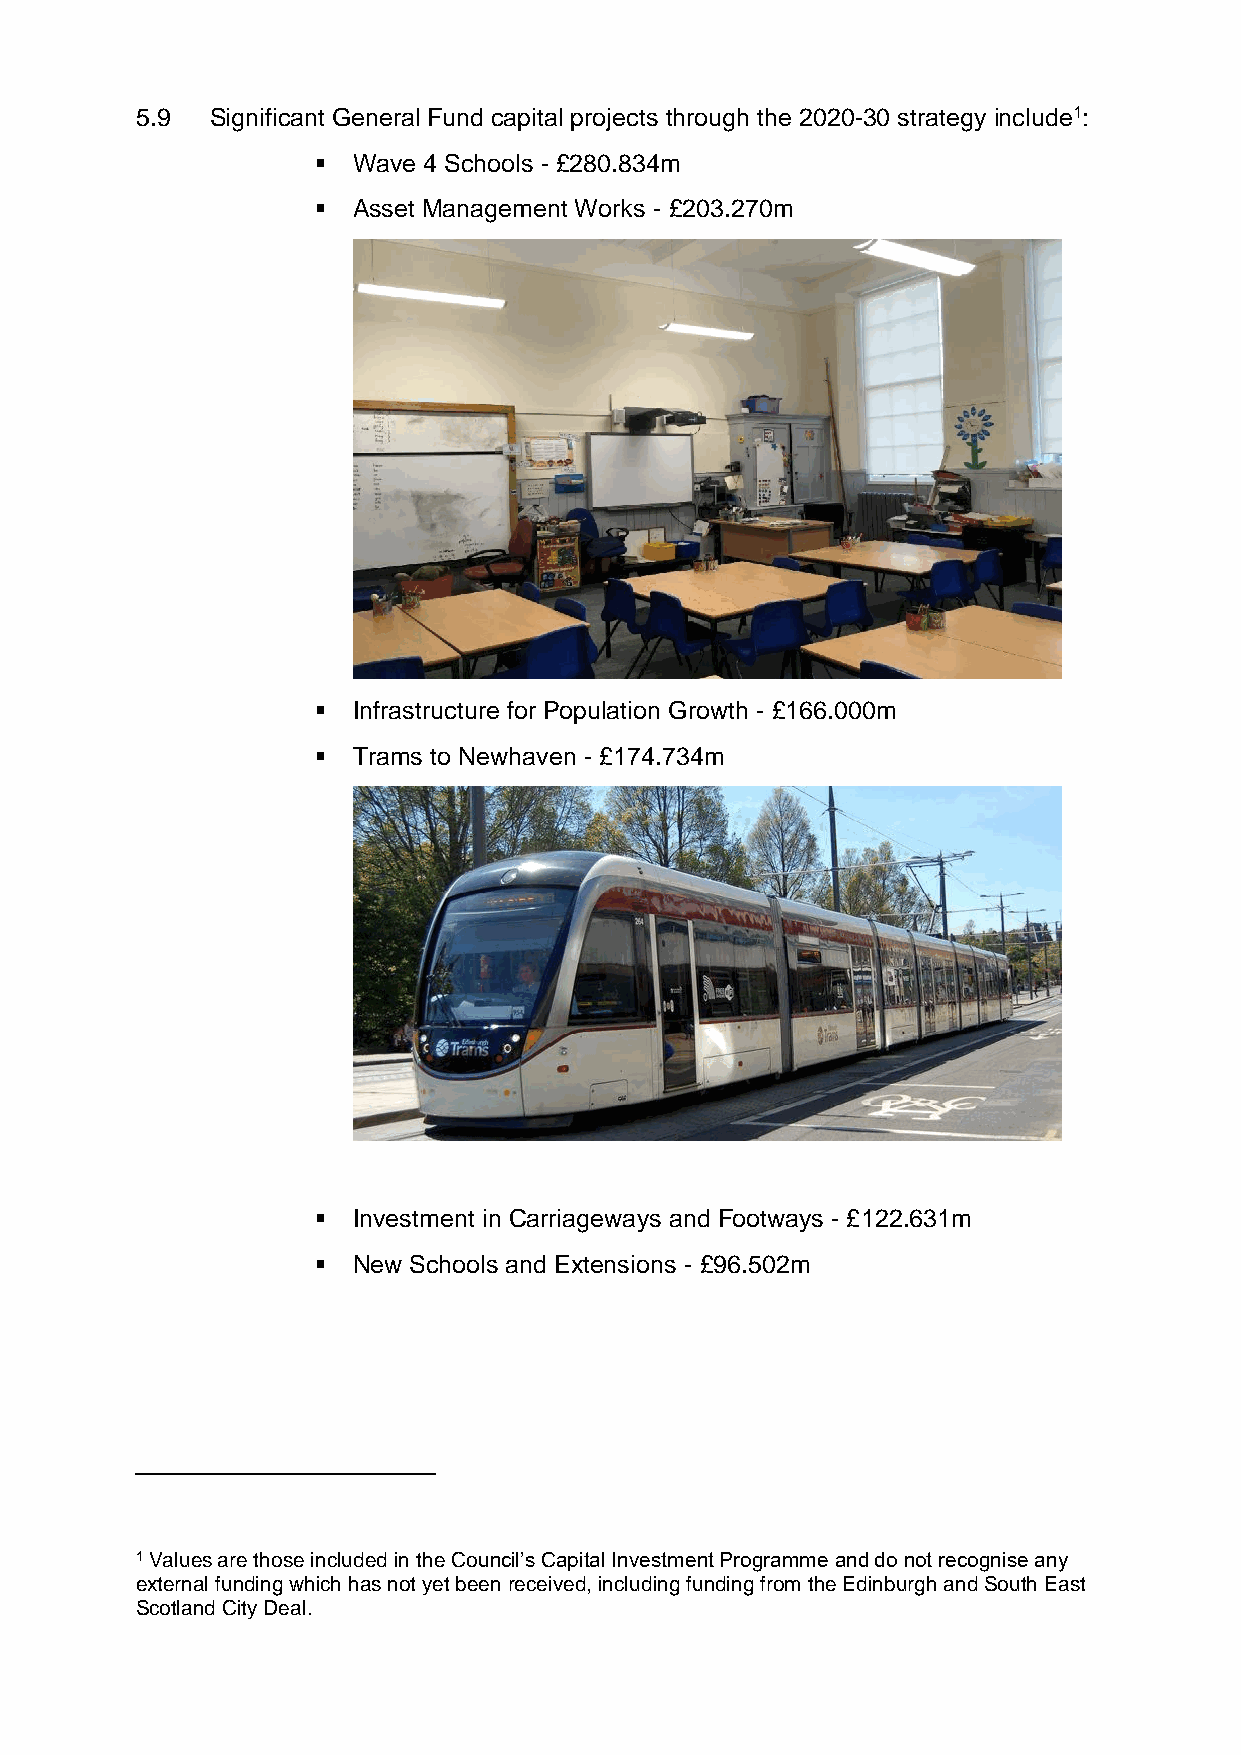
5.9  Significant General Fund capital projects through the 2020-30 strategy include1:
 ▪ Wave 4 Schools - £280.834m
 ▪ Asset Management Works - £203.270m
 ▪ Infrastructure for Population Growth - £166.000m
 ▪ Trams to Newhaven - £174.734m
 ▪ Investment in Carriageways and Footways - £122.631m
 ▪ New Schools and Extensions - £96.502m
 1 Values are those included in the Council’s Capital Investment Programme and do not recognise any
 external funding which has not yet been received, including funding from the Edinburgh and South East
 Scotland City Deal.